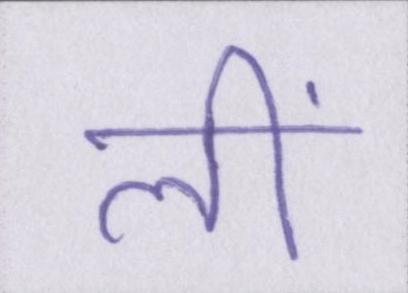
लीं